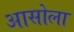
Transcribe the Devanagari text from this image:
आसोला